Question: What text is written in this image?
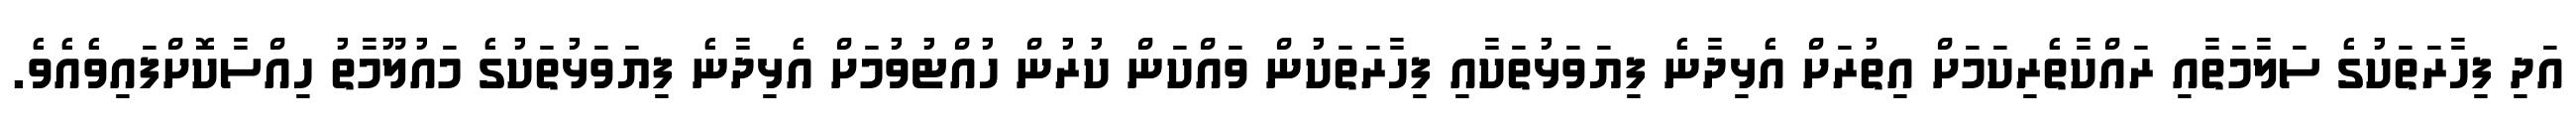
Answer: އަދި ފިހާރަތަކުގެ ސަލާމަތާއި ރައްކާތެރިކަމަށް އިތުރަށް އެޅިދާނެ ފިޔަވަޅުތަކާއި ފިހާރަތަކުން ވައްކަން ކުރުން ހުއްޓުވުމަށް އެޅިދާނެ ފިޔަވަޅުތަކުގެ މައުލޫމާތު ހިއްސާކޮށްފައިވެއެވެ.